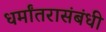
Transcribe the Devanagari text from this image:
धर्मांतरासंबंधी